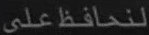
لنحافظعلى